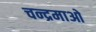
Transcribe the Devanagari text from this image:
चन्द्रमाओ